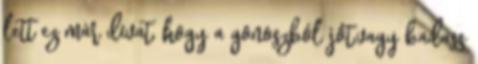
lett ez már divat, hogy a gonoszból jót,vagy badass